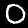
Label: 0